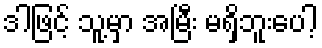
ဒါဖြင့် သူ့မှာ အမြီး မရှိဘူးပေါ့